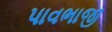
પાવભાજી